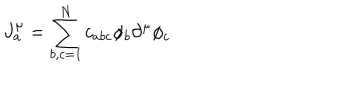
J _ { a } ^ { \mu } = \sum _ { b , c = 1 } ^ { N } c _ { a b c } \phi _ { b } \partial ^ { \mu } \phi _ { c }